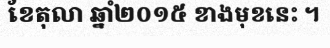
ខែតុលា ឆ្នាំ២០១៥ ខាងមុខនេះ ។